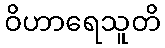
ဝိဟာရေသူတိ